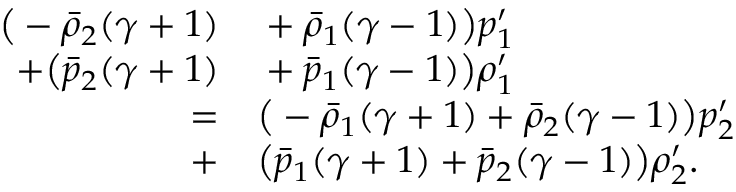
\begin{array} { r l } { \big ( - \bar { \rho } _ { 2 } ( \gamma + 1 ) } & { { } + \bar { \rho } _ { 1 } ( \gamma - 1 ) \big ) p _ { 1 } ^ { \prime } } \\ { + \big ( \bar { p } _ { 2 } ( \gamma + 1 ) } & { { } + \bar { p } _ { 1 } ( \gamma - 1 ) \big ) \rho _ { 1 } ^ { \prime } } \\ { = } & { { } \big ( - \bar { \rho } _ { 1 } ( \gamma + 1 ) + \bar { \rho } _ { 2 } ( \gamma - 1 ) \big ) p _ { 2 } ^ { \prime } } \\ { + } & { { } \big ( \bar { p } _ { 1 } ( \gamma + 1 ) + \bar { p } _ { 2 } ( \gamma - 1 ) \big ) \rho _ { 2 } ^ { \prime } . } \end{array}